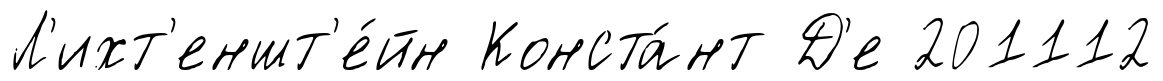
Л'ихт'еншт'е́йн Конста́нт Д'е 201112